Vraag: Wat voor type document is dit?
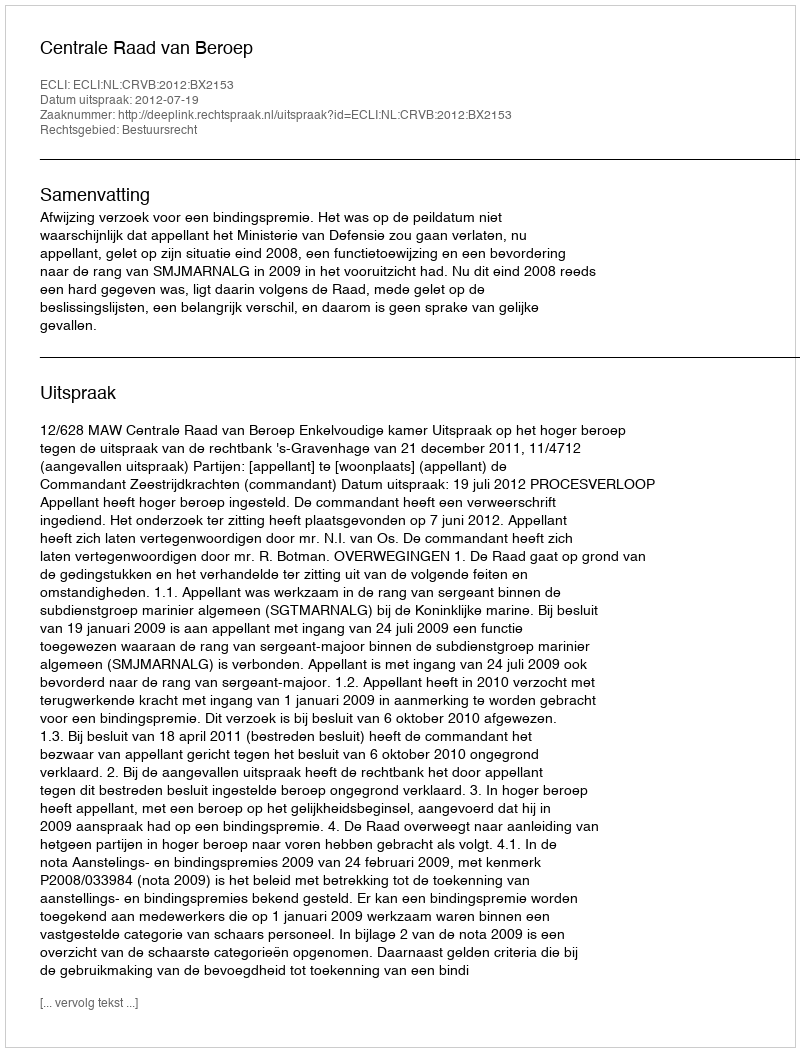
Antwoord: Uitspraak